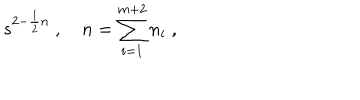
s ^ { 2 - \frac { 1 } { 2 } n } \ , \quad n = \sum _ { i = 1 } ^ { m + 2 } n _ { i } \ ,